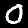
Digit: 0